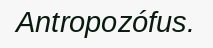
Antropozófus.